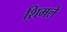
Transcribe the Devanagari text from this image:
शिमले